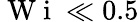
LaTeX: \mathrm{~W~i~}\ll 0.5